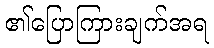
၏ပြောကြားချက်အရ